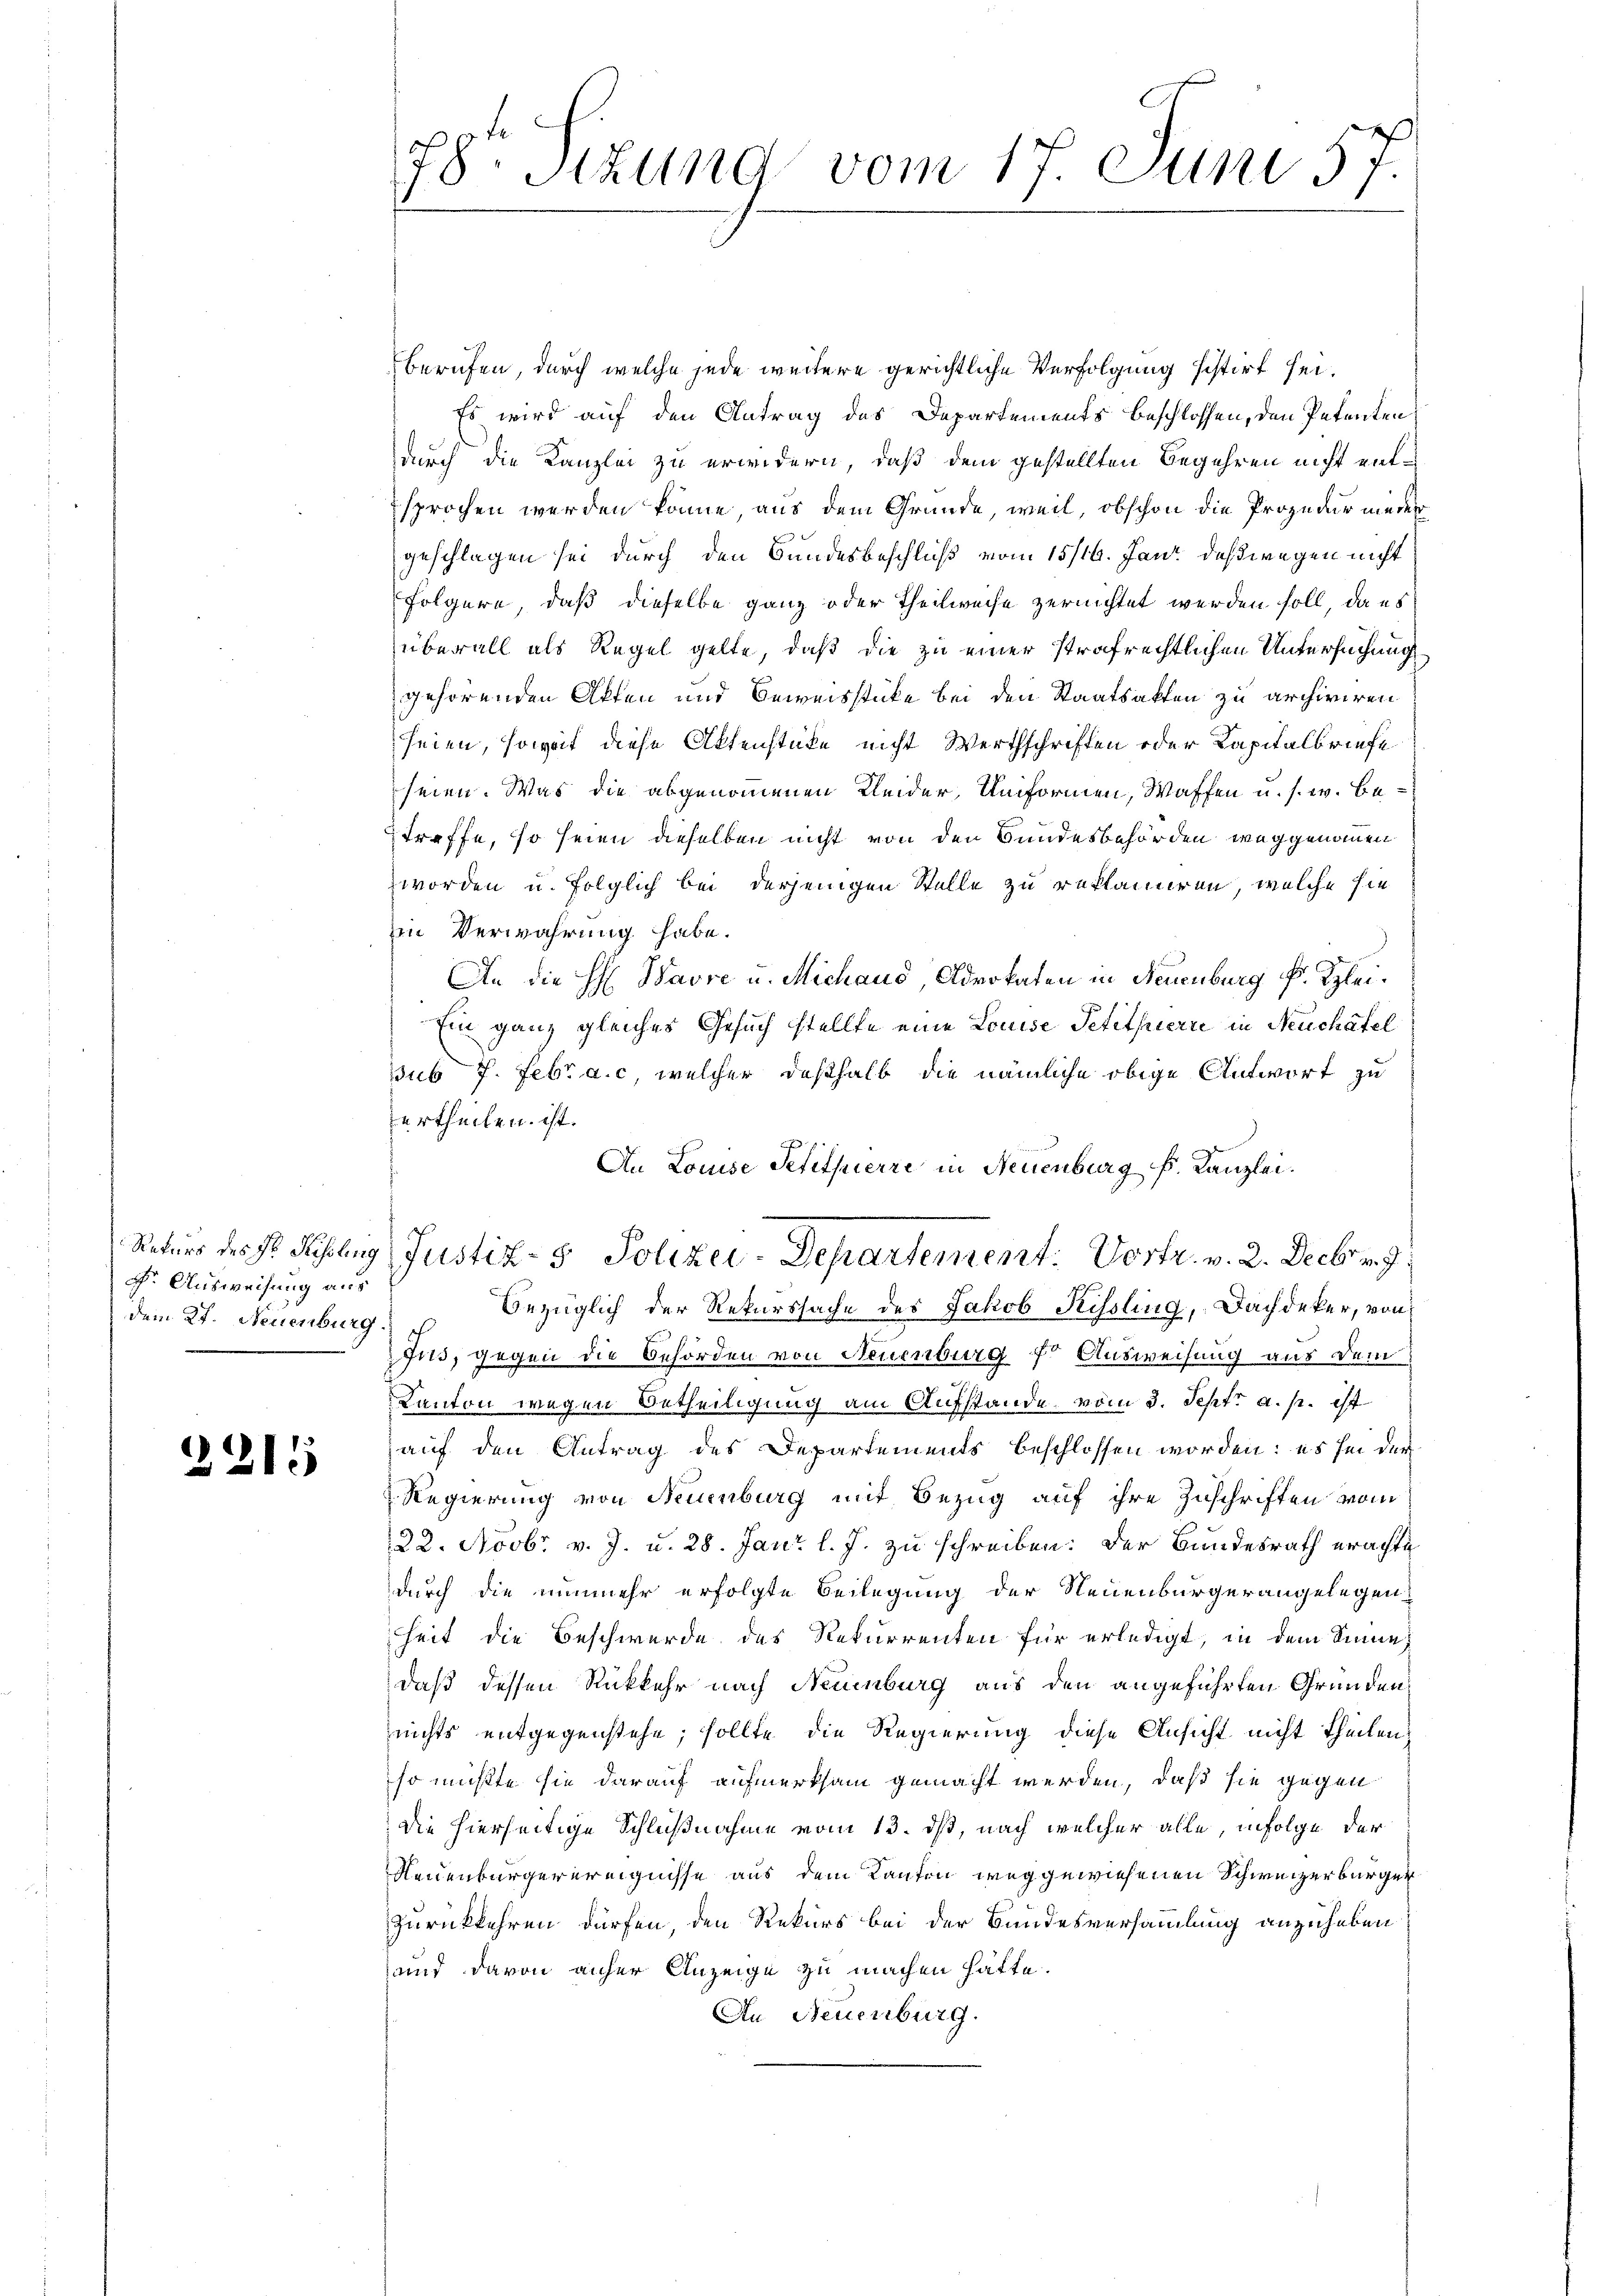
Dr. Ausweisung aus
dem 27. Neuenburg

2215

78r Sizung vom 17. Juni 57.

Berufen, durch welche jede weitere gerichtliche Verfolgung sistirt sei.
Es wird auf den Antrag des Departements beschlossen, den Petenten
durch die Kanzlei zu erwidern, daß dem gestellten Begehren nicht entsprochen werden könne, aus dem Gründe, weil, obschon die Prozedur nieder
geschlagen sei durch den Bundesbeschluß vom 15/16. Jan. deßwegen nicht
Folgere, daß dieselbe ganz oder Theilweise zernichtet werden soll, da es
überall als Regel gelte, daß die zu einer strafrechtlichen Untersuchung
gehörenden Akten und Beweisstücke bei den Staatsakten zu archiviren
seien, soweit diese Aktenstüke nicht Werthschriften oder Kapitalbriefe
seien. Was die abgenommenen Kleider, Uniformen, Waffen u. s. w. betreffe, so seien dieselben nicht von den Bundesbehörden weggenommen
worden u. folglich bei derjenigen Stelle zu reklamiren, welche sie
in Verwahrung habe.
An die H: Wavre u. Michaud, Advokaten in Neuenburg f. Klei¬
Ein ganz gleiches Gesuch stellte eine Louise Petitherre in Neuchatel
sub 7. Febr a.c, welcher deßhalb die nämliche obige Antwort zu
urtheilen ist.
An Louise Petituerre in Neuenburg s. Kanzlei.
Natur der Hr. Fühlung Justiz- & Polizei-Departement: Vortr. v. 2. Decbr.
bezüglich der Rekurssache des Jakob Kissling, Dachdeker, von
Jus, gegen die Behörden von Neuenburg fr Ausweisung aus dem
Kanton wegen Betheiligung am Aufstande vom 3. Sept. a. p. ist
auf den Antrag des Departements beschlossen worden: es sei der
Regierung von Neuenburg mit Bezug auf ihre Zuschriften vom
22. Novbr. v. J. u. 28. Jani l. J. zu schreiben. Der Bundesrath erachte
durch die nunmehr erfolgte Beilegung der Neuenburgerangelegen
heit die Beschwerde des Rekurrenten für erledigt, in dem Sinne
daß dessen Rückkehr nach Neuenburg aus den angeführten Gründen
nichts entgegenstehe, sollte die Regierung diese Ansicht nicht theilen,
so müßte sie darauf aufmerksam gemacht werden, daß sie gegen
die hierseitige Schlußnahme vom 13. ds, nach welcher alle, infolge der
Neuenbürgerereignisse aus dem Kanton weggewiesenen Schweizerbürger
Zurückkehren dürfen, den Rekurs bei der Bundesversammlung anzuheben
und davon anher Anzeige zu machen hätte.
An Neuenburg.